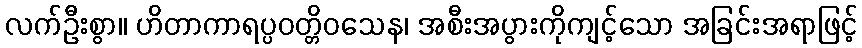
လက်ဦးစွာ။ ဟိတာကာရပ္ပဝတ္တိဝသေန၊ အစီးအပွားကိုကျင့်သော အခြင်းအရာဖြင့်